Plague in India, 1896, 1897 - Volume 3
Year: 1896
Disease focus: Plague
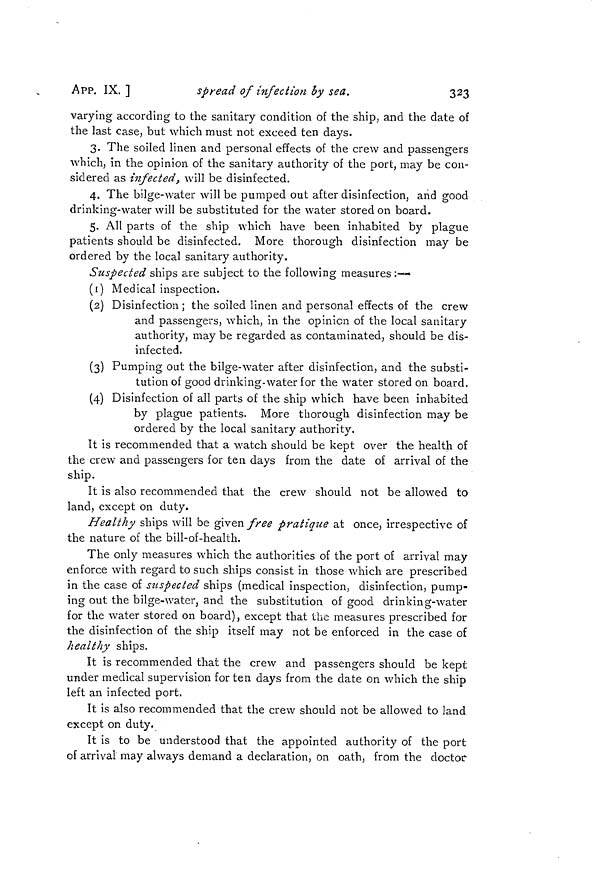
APP. IX. ]
spread of infection by sea.
323
varying according to the sanitary condition of the ship, and the date of
the last case, but which must not exceed ten days.
3. The soiled linen and personal effects of the crew and passengers
which, in the opinion of the sanitary authority of the port, may be con-
sidered as infected, will be disinfected.
4. The bilge-water will be pumped out after disinfection, and good
drinking-water will be substituted for the water stored on board.
o
5. All parts of the ship which have been inhabited by plague
patients should be disinfected. More thorough disinfection may be
ordered by the local sanitary authority.
Suspected ships are subject to the following measures :—
(1) Medical inspection.
(2) Disinfection ; the soiled linen and personal effects of the crew
and passengers, which, in the opinion of the local sanitary
authority, may be regarded as contaminated, should be dis-
infected.
(3) Pumping out the bilge-water after disinfection, and the substi-
tution of good drinking-water for the water stored on board.
(4) Disinfection of all parts of the ship which have been inhabited
by plague patients. More thorough disinfection may be
ordered by the local sanitary authority.
It is recommended that a watch should be kept over the health of
the crew and passengers for ten days from the date of arrival of the
ship.
It is also recommended that the crew should not be allowed to
land, except on duty.
Healthy ships will be given free pratique at once, irrespective of
the nature of the bill-of-health.
The only measures which the authorities of the port of arrival may
enforce with regard to such ships consist in those which are prescribed
in the case of suspected ships (medical inspection, disinfection, pump-
ing out the bilge-water, and the substitution of good drinking-water
for the water stored on board), except that the measures prescribed for
the disinfection of the ship itself may not be enforced in the case of
healthy ships.
It is recommended that the crew and passengers should be kept
under medical supervision for ten days from the date on which the ship
left an infected port.
It is also recommended that the crew should not be allowed to land
except on duty.
It is to be understood that the appointed authority of the port
of arrival may always demand a declaration, on oath, from the doctor